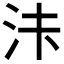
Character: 𱥴